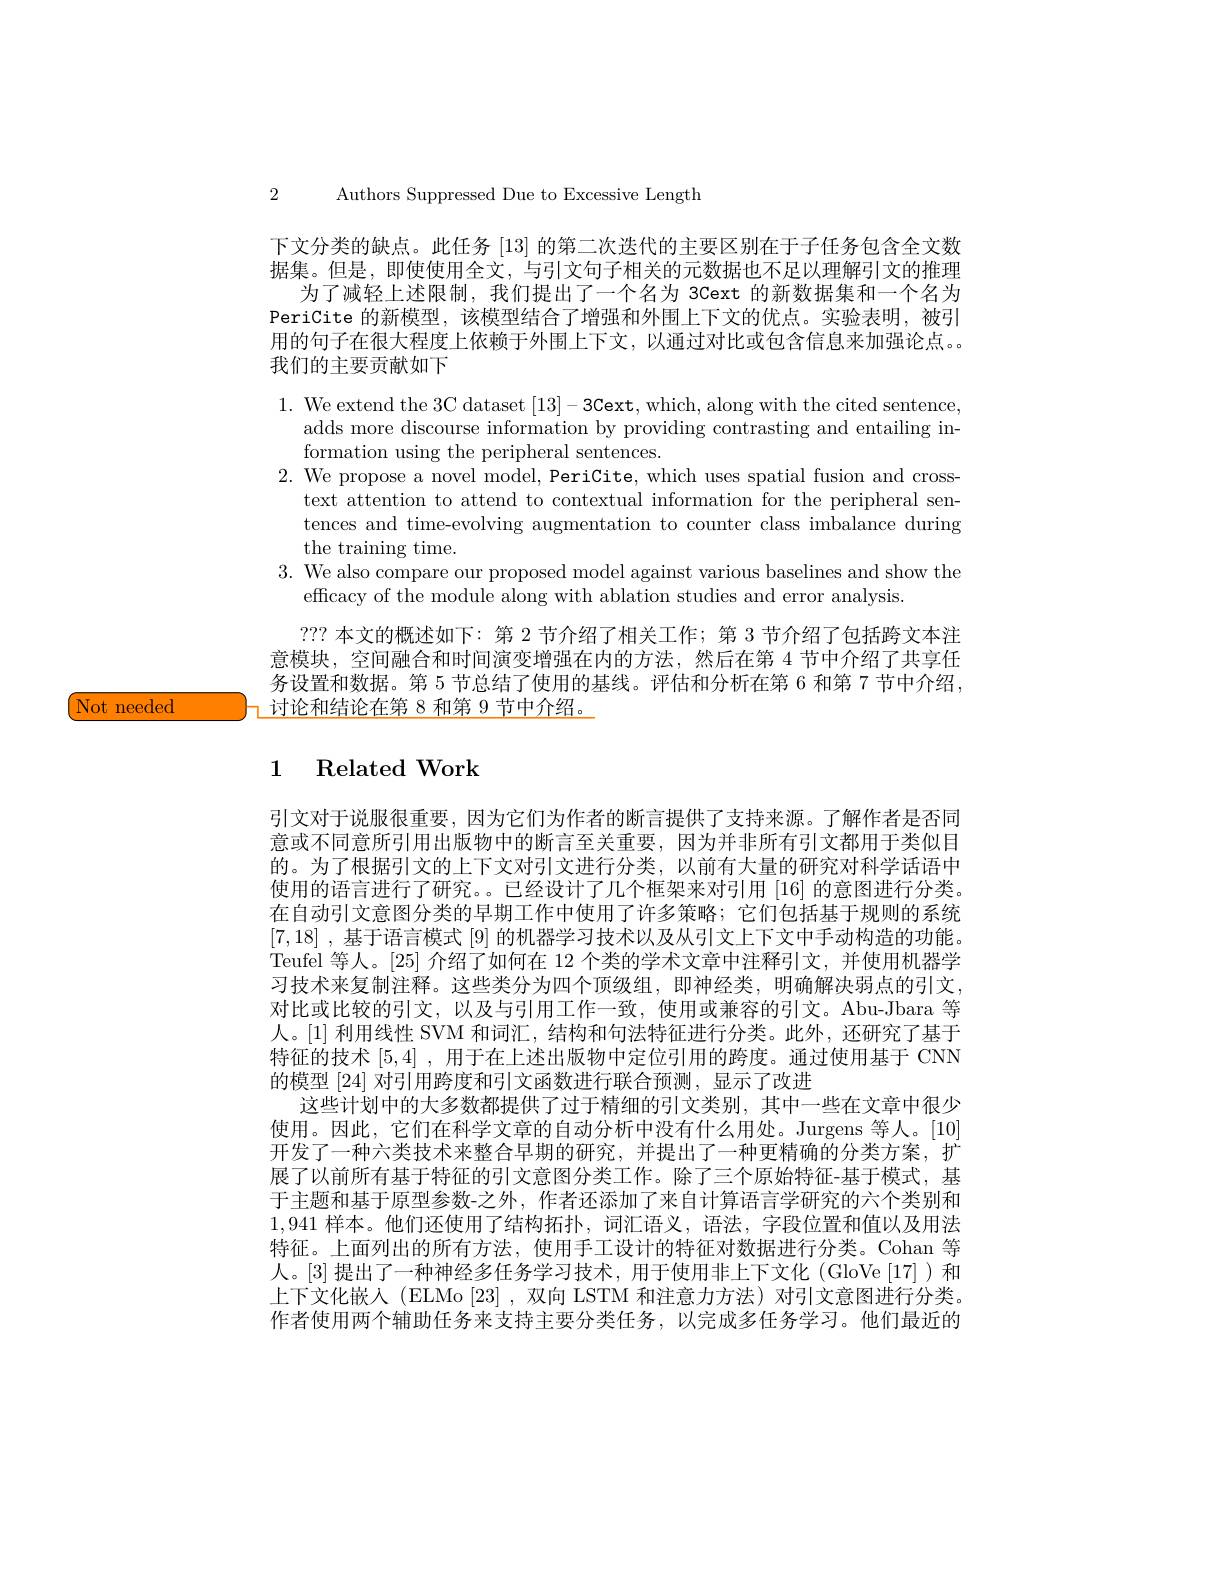
(Not needed

2 Authors Suppressed Due to Excessive Length

下文分类的缺点。此任务[13]的第二次迭代的主要区别在于子任务包含全文数据集。但是，即使使用全文，与引文句子相关的元数据也不足以理解引文的推理
为了减轻上述限制，我们提出了一个名为 3Cext 的新数据集和一个名为PeriCite 的新模型，该模型结合了增强和外围上下文的优点。实验表明，被引用的句子在很大程度上依赖于外围上下文，以通过对比或包含信息来加强论点。我们的主要贡献如下

1. We extend the 3C dataset [13]-3Cext, which, along with the cited sentence,
adds more discourse information by providing contrasting and entailing in-
formation using the peripheral sentences.
2. We propose a novel model, PeriCite, which uses spatial fusion and cross-
text attention to attend to contextual information for the peripheral sentences and time-evolving augmentation to counter class imbalance during the training time.
3. We also compare our proposed model against various baselines and show the
effcacy of the module along with ablation studies and error analysis
??? 本文的概述如下：第 2 节介绍了相关工作；第 3 节介绍了包括跨文本注意模块，空间融合和时间演变增强在内的方法，然后在第 4 节中介绍了共享任务设置和数据。第 5 节总结了使用的基线。评估和分析在第 6 和第 7 节中介绍
$\daleth$讨论和结论在第 8 和第 9 节中介绍。

# 1 Related Work

引文对于说服很重要，因为它们为作者的断言提供了支持来源。了解作者是否同意或不同意所引用出版物中的断言至关重要，因为并非所有引文都用于类似目的。为了根据引文的上下文对引文进行分类，以前有大量的研究对科学话语中使用的语言进行了研究。。已经设计了几个框架来对引用[16] 的意图进行分类。在自动引文意图分类的早期工作中使用了许多策略；它们包括基于规则的系统[7,18] ,基于语言模式 [9] 的机器学习技术以及从引文上下文中手动构造的功能。Teufel 等人。[25] 介绍了如何在 12 个类的学术文章中注释引文，并使用机器学习技术来复制注释。这些类分为四个顶级组，即神经类，明确解决弱点的引文， 对比或比较的引文，以及与引用工作一致，使用或兼容的引文。Abu-Jbara 等人。[1] 利用线性 SVM 和词汇，结构和句法特征进行分类。此外，还研究了基于特征的技术[5,4] ,用于在上述出版物中定位引用的跨度。通过使用基于 CNN 的模型[24]对引用跨度和引文函数进行联合预测，显示了改进
这些计划中的大多数都提供了过于精细的引文类别，其中一些在文章中很少使用。因此，它们在科学文章的自动分析中没有什么用处。Jurgens 等人。[10] 开发了一种六类技术来整合早期的研究，并提出了一种更精确的分类方案，扩展了以前所有基于特征的引文意图分类工作。除了三个原始特征-基于模式，基于主题和基于原型参数-之外，作者还添加了来自计算语言学研究的六个类别和1,941样本。他们还使用了结构拓扑，词汇语义，语法，字段位置和值以及用法特征。上面列出的所有方法，使用手工设计的特征对数据进行分类。Cohan 等人。[3] 提出了一种神经多任务学习技术，用于使用非上下文化(GloVe[17])和上下文化嵌入 (ELMo[23],双向 LSTM 和注意力方法)对引文意图进行分类。作者使用两个辅助任务来支持主要分类任务，以完成多任务学习。他们最近的